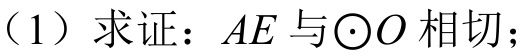
（1）求证：\(AE\)与\(\odot O\)相切；